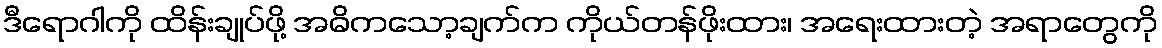
ဒီရောဂါကို ထိန်းချုပ်ဖို့ အဓိကသော့ချက်က ကိုယ်တန်ဖိုးထား၊ အရေးထားတဲ့ အရာတွေကို